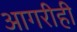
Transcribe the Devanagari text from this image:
आगरीही